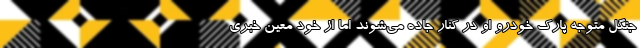
جنگل متوجه پارک خودرو او در کنار جاده می‌شوند اما از خود معین خبری